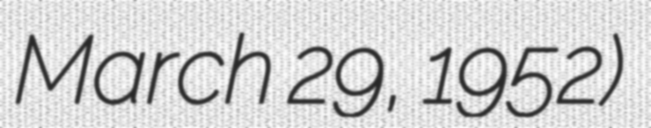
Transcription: March 29, 1952)